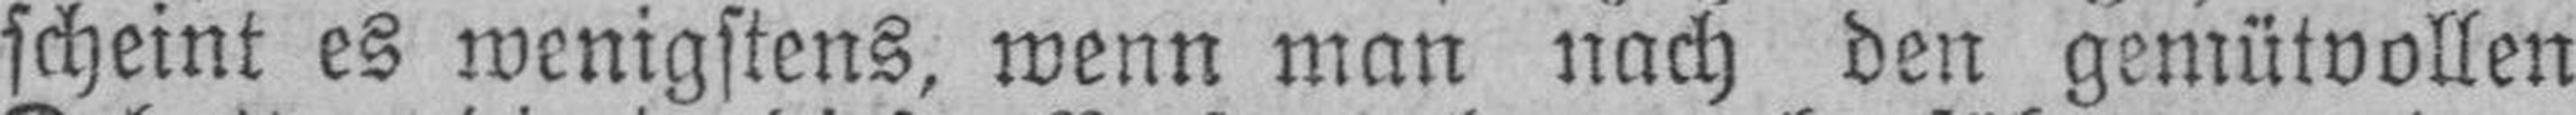
scheint es wenigstens, wenn man nach den gemütvollen